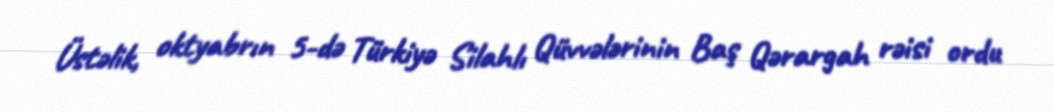
Üstəlik, oktyabrın 5-də Türkiyə Silahlı Qüvvələrinin Baş Qərargah rəisi ordu